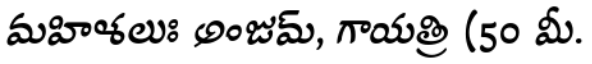
మహిళలుః అంజుమ్, గాయత్రి (50 మీ.